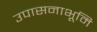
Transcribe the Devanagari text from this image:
उपासनाभूमि